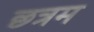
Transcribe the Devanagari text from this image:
छत्रम